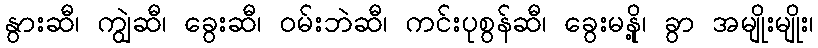
နွားဆီ၊ ကျွဲဆီ၊ ခွေးဆီ၊ ဝမ်းဘဲဆီ၊ ကင်းပုစွန်ဆီ၊ ခွေးမနို့၊ ခွာ အမျိုးမျိုး၊